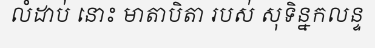
លំដាប់ នោះ មាតាបិតា របស់ សុទិន្នកលន្ទ